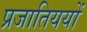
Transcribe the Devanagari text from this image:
प्रजातिययों